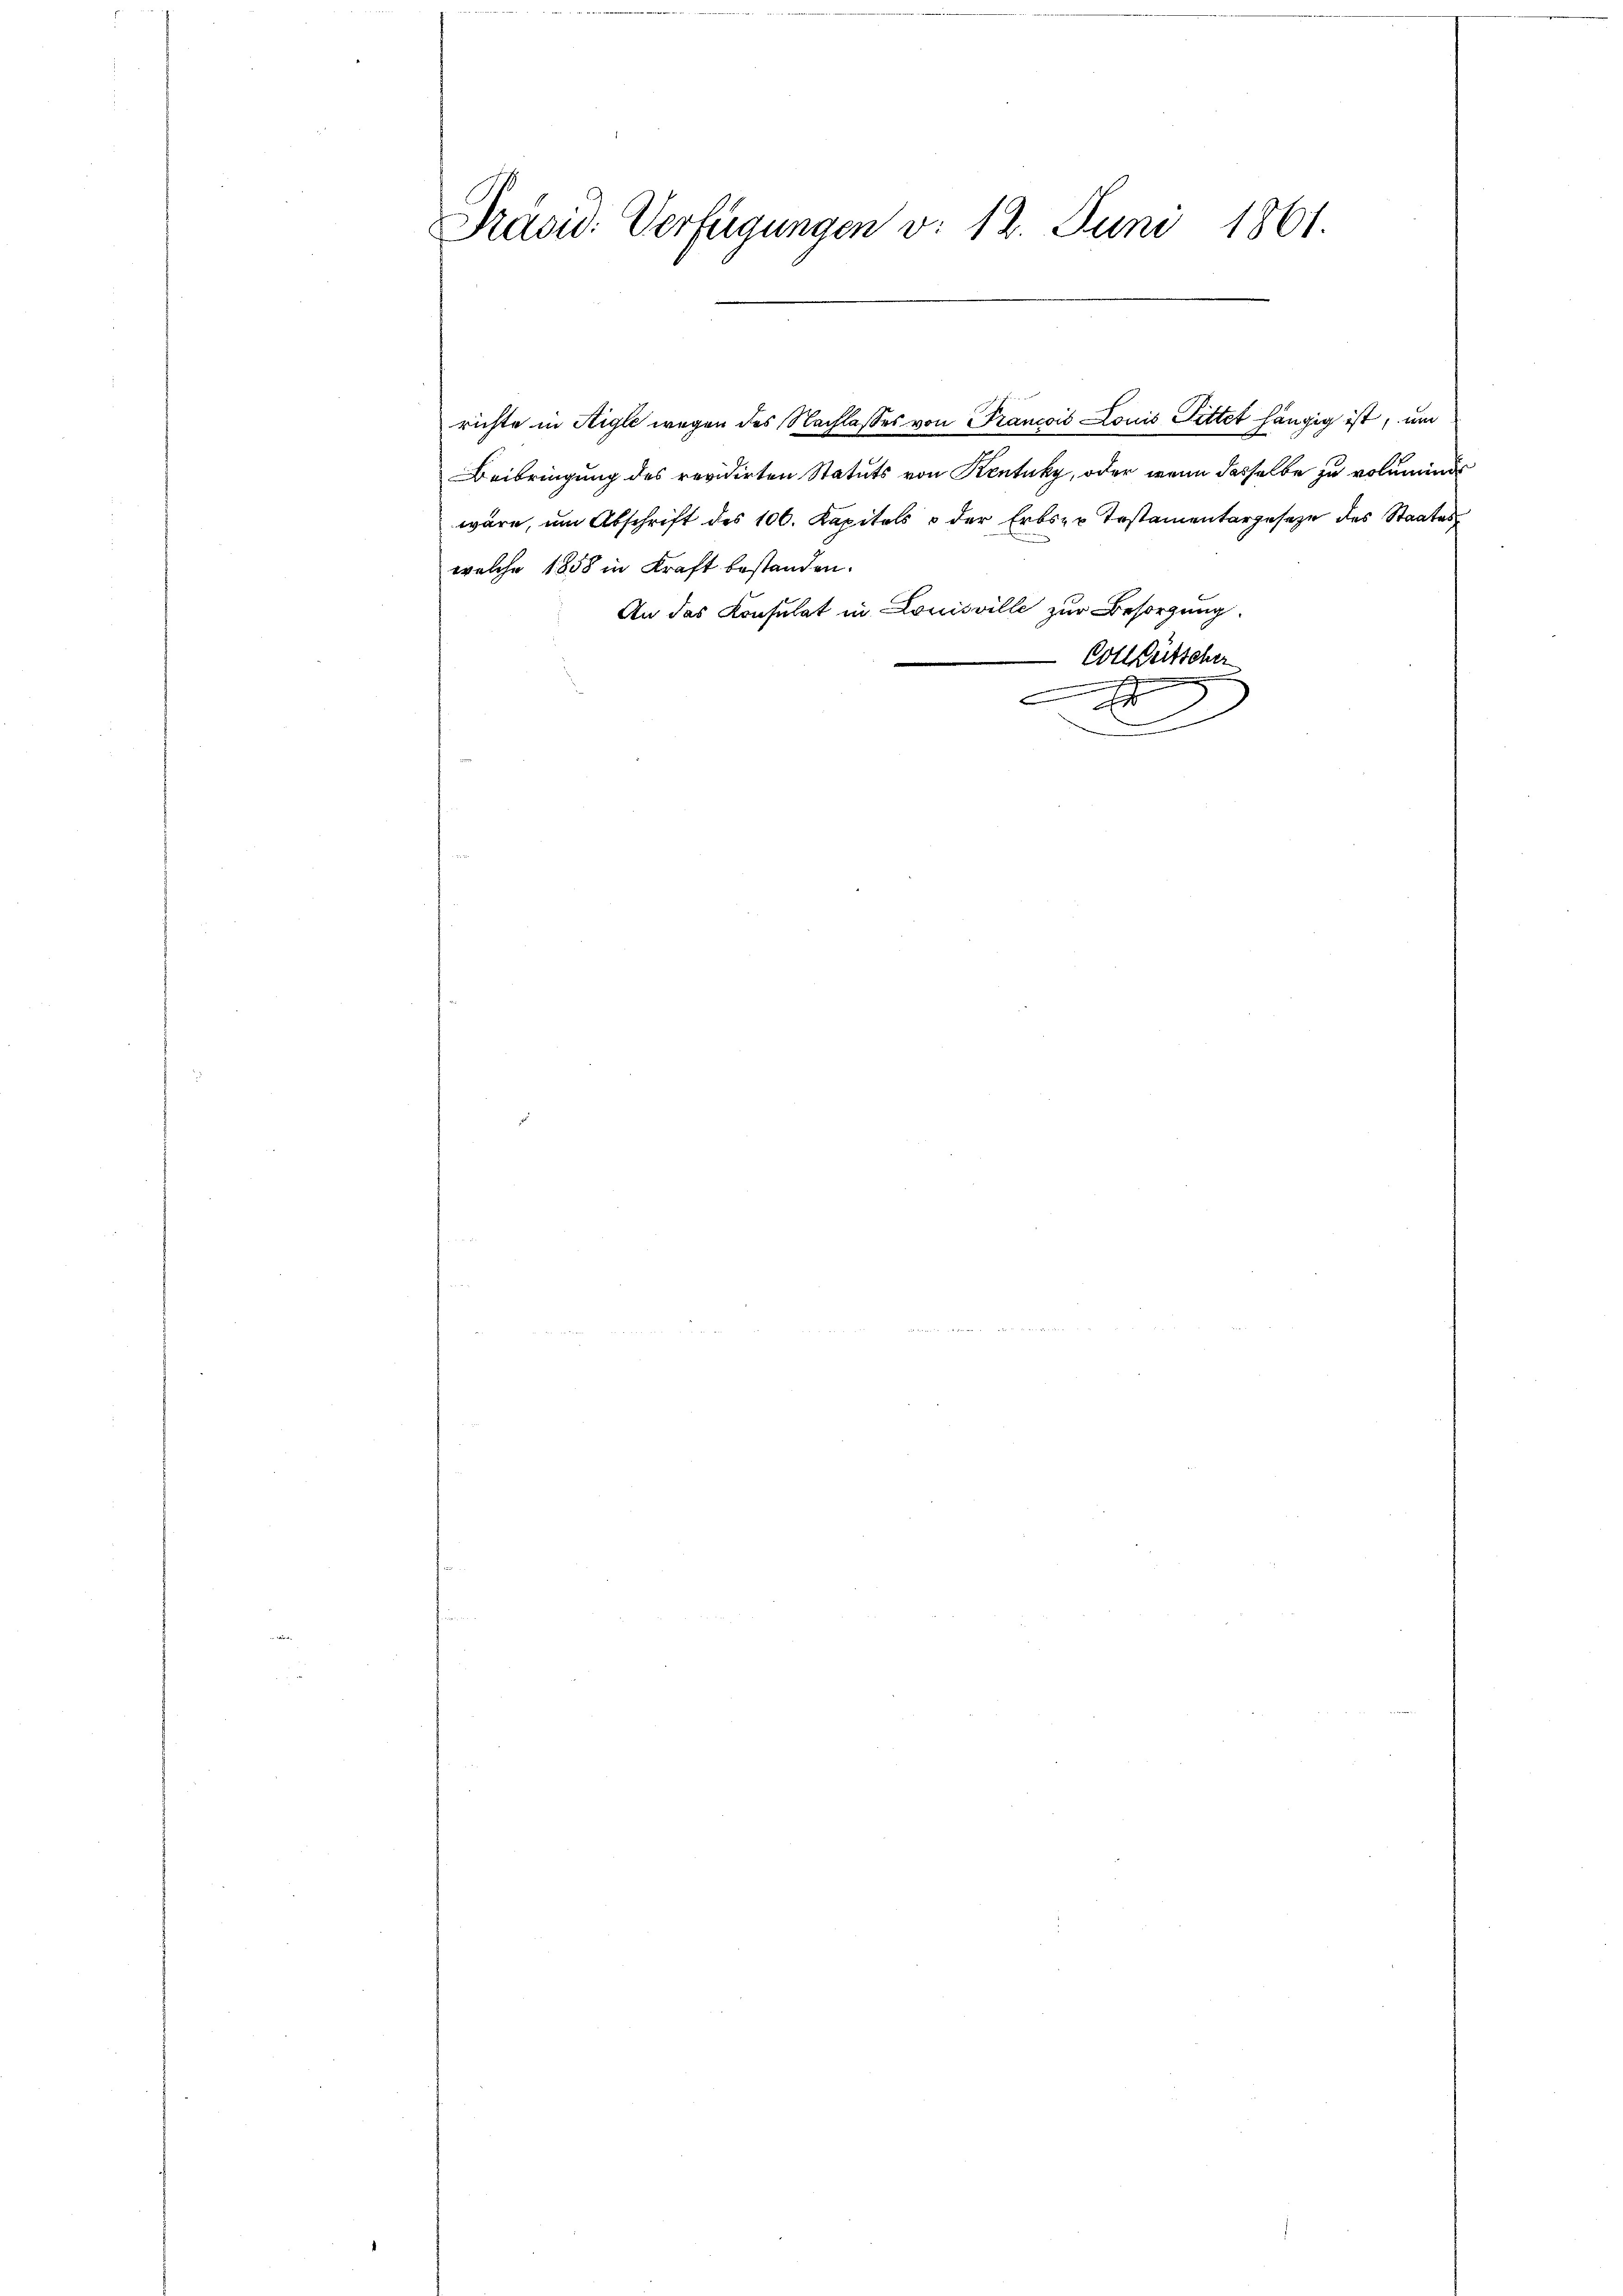
Präsid. Verfügungen v. 12. Juni 1861.

richte in Aigle wegen des Nachlasses von Francois Louis Pittet hängig ist, um
Beibringung des revidirten Statuts von Kentuky, oder wenn dasselbe zu voluminde
wäre, um Abschrift des 106. Kapitals & der Erbser Testamentargeseze des Staates
welche 1858 in Kraft bestanden.
An das Konsulat in Louisville zur Besorgung.
Cotlüttcher
.
4
x